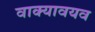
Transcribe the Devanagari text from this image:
वाक्यावयव